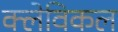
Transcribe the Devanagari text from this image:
क्लेविकल